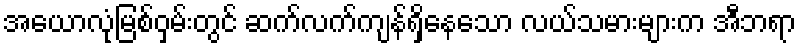
အေယာလုံမြစ်ဝှမ်းတွင် ဆက်လက်ကျန်ရှိနေသော လယ်သမားများက အီဘရာ